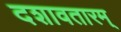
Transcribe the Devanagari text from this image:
दशावतारम्‌